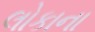
લોકાના